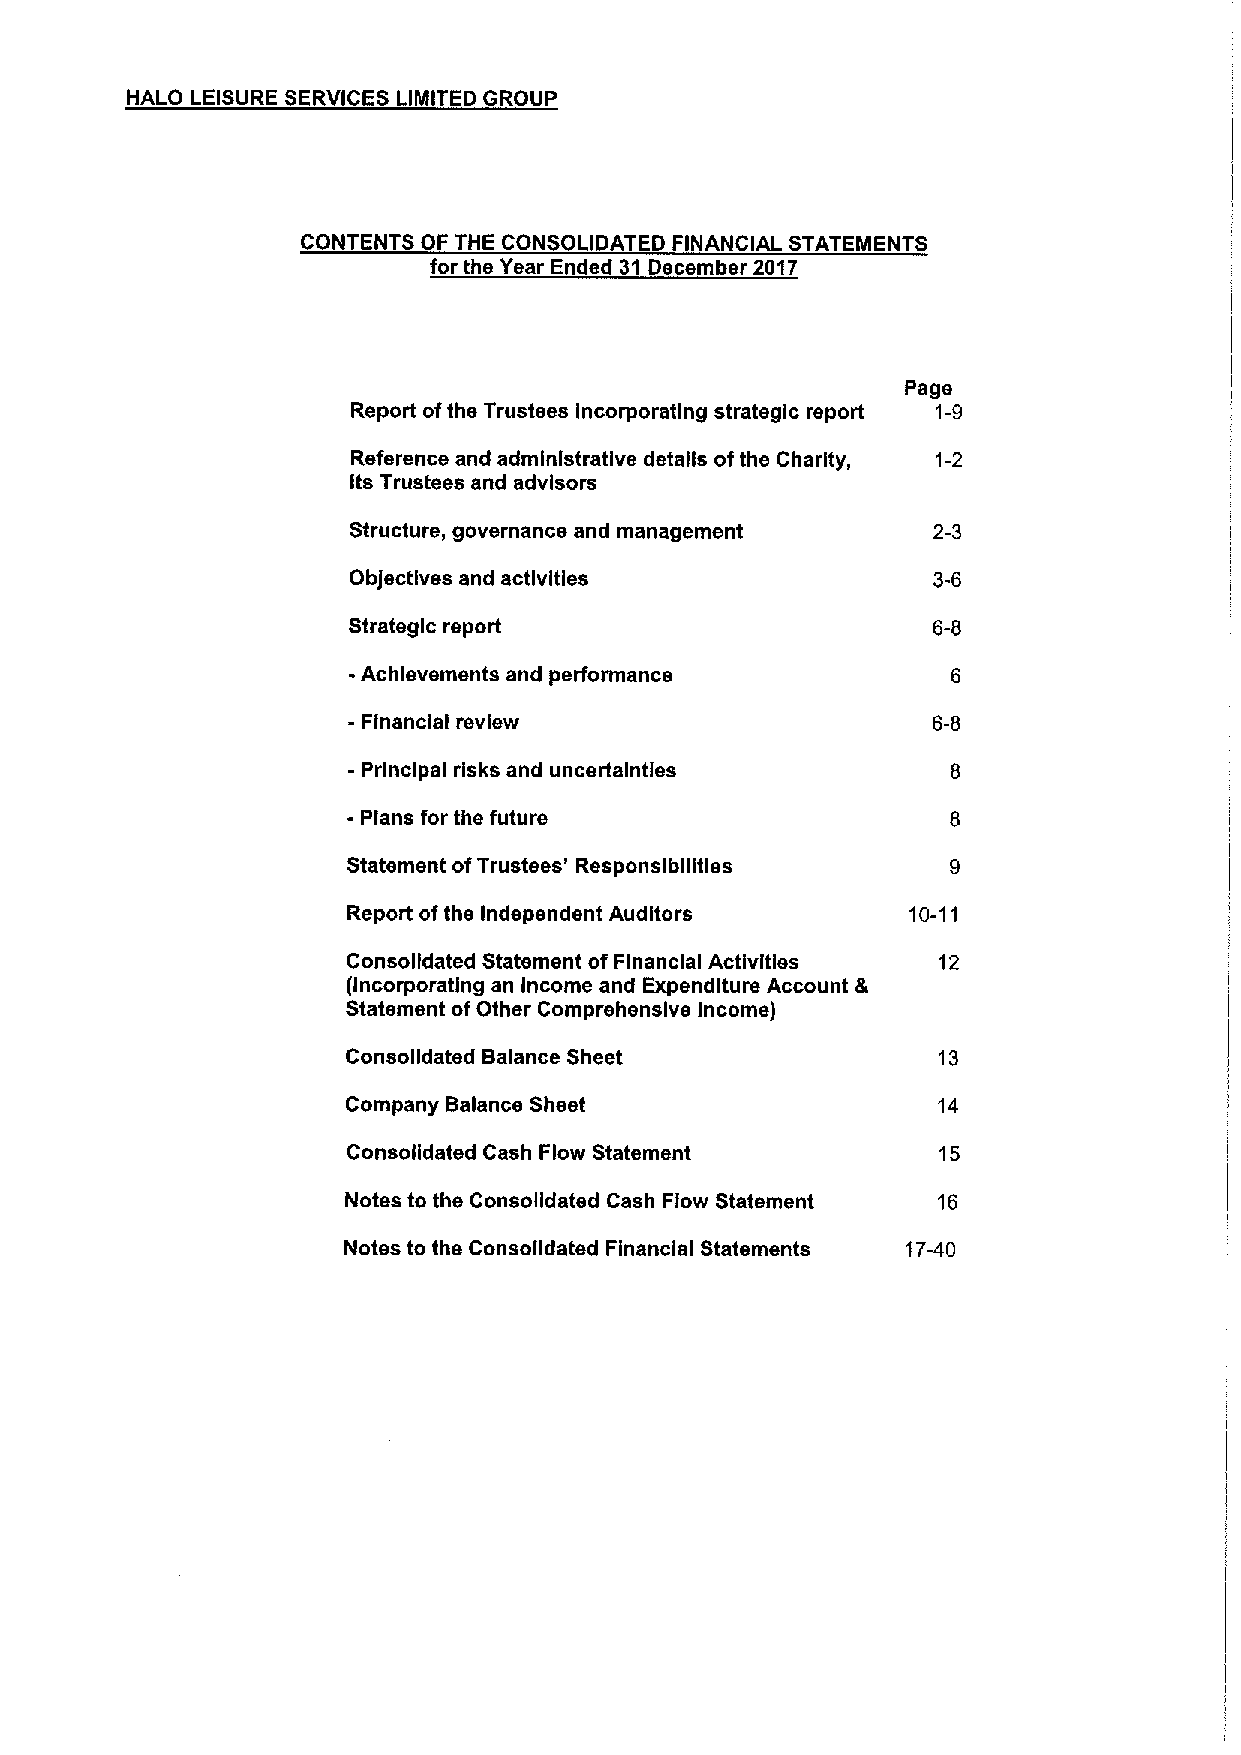
HALO LEISURE SERVICES LIMITED GROUP
 CONTENTS OF THE CONSOLIDATED FINANCIAL STATEMENTS
 for the Year Ended 31 December 2017
 Page
 Report ofthe Trustees Incorporating strategic report 1-9
 Reference and administrative details ofthe Charity, 1-2
 Its Trustees and advisors
 Structure, governance and management   2-3
 Objectives and activities              3-6
 Strategic report                       6-8
 -Achievements and performance
 - Financial review                     6-8
 - Principal risks and uncertainties
 - Plans for the future
 Statement ofTrustees' Responsibilities
 Report ofthe Independent Auditors    10-11
 Consolidated Statement of Financial Activities 12
 (Incorporating an Income and Expenditure Account &
 Statement ofOther Comprehensive Income)
 Consolidated Balance Sheet             13
 Company Balance Sheet                  14
 Consolidated Cash Flow Statement       15
 Notes to the Consolidated Cash Flow Statement 16
 Notes to the Consolidated Financial Statements 17-40